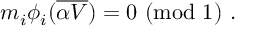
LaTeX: m _ { i } \phi _ { i } ( { \overline { { { \alpha V } } } } ) = 0 ~ ( \mathrm { m o d } ~ 1 ) ~ .